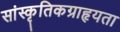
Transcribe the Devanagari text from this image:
सांस्कृतिकग्राहृयता